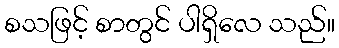
စသဖြင့် စာတွင် ပါရှိလေ သည်။